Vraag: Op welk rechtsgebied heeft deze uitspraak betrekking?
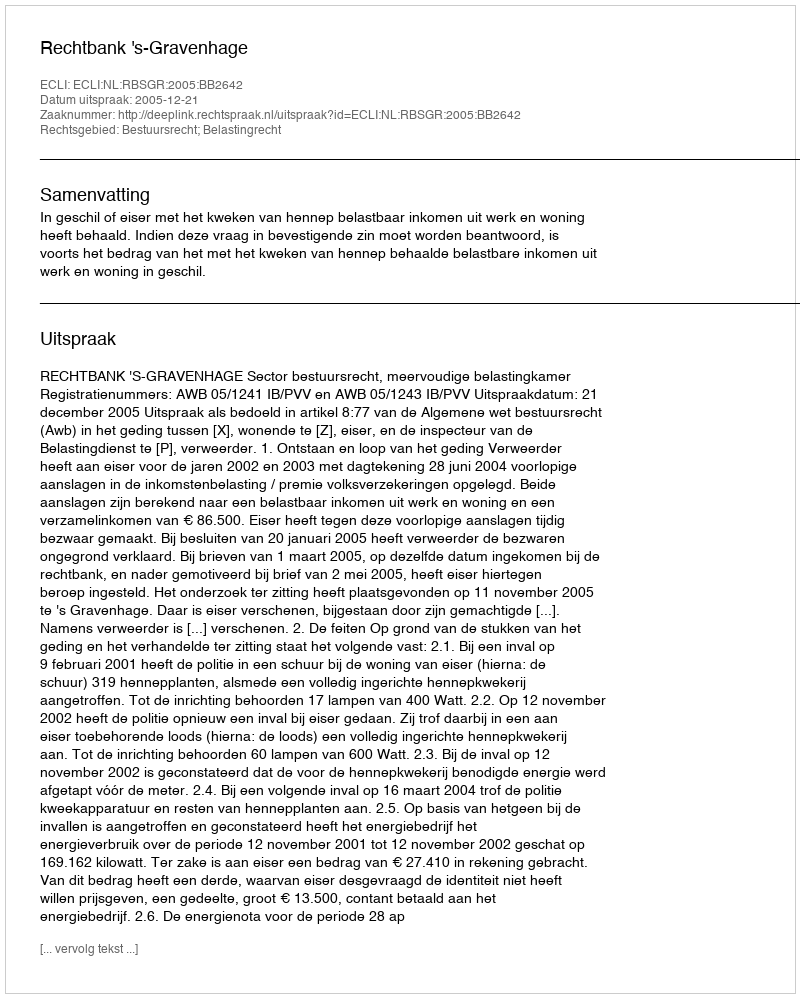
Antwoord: Bestuursrecht; Belastingrecht